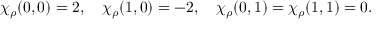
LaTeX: \chi _ { \rho } ( 0 , 0 ) = 2 , \quad \chi _ { \rho } ( 1 , 0 ) = - 2 , \quad \chi _ { \rho } ( 0 , 1 ) = \chi _ { \rho } ( 1 , 1 ) = 0 .